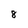
Character: 8